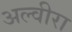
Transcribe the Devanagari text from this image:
अल्वीरा